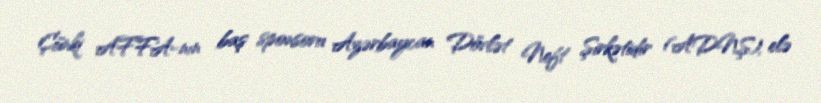
Çünki AFFA-nın baş sponsoru Azərbaycan Dövlət Neft Şirkətidir (ADNŞ), elə